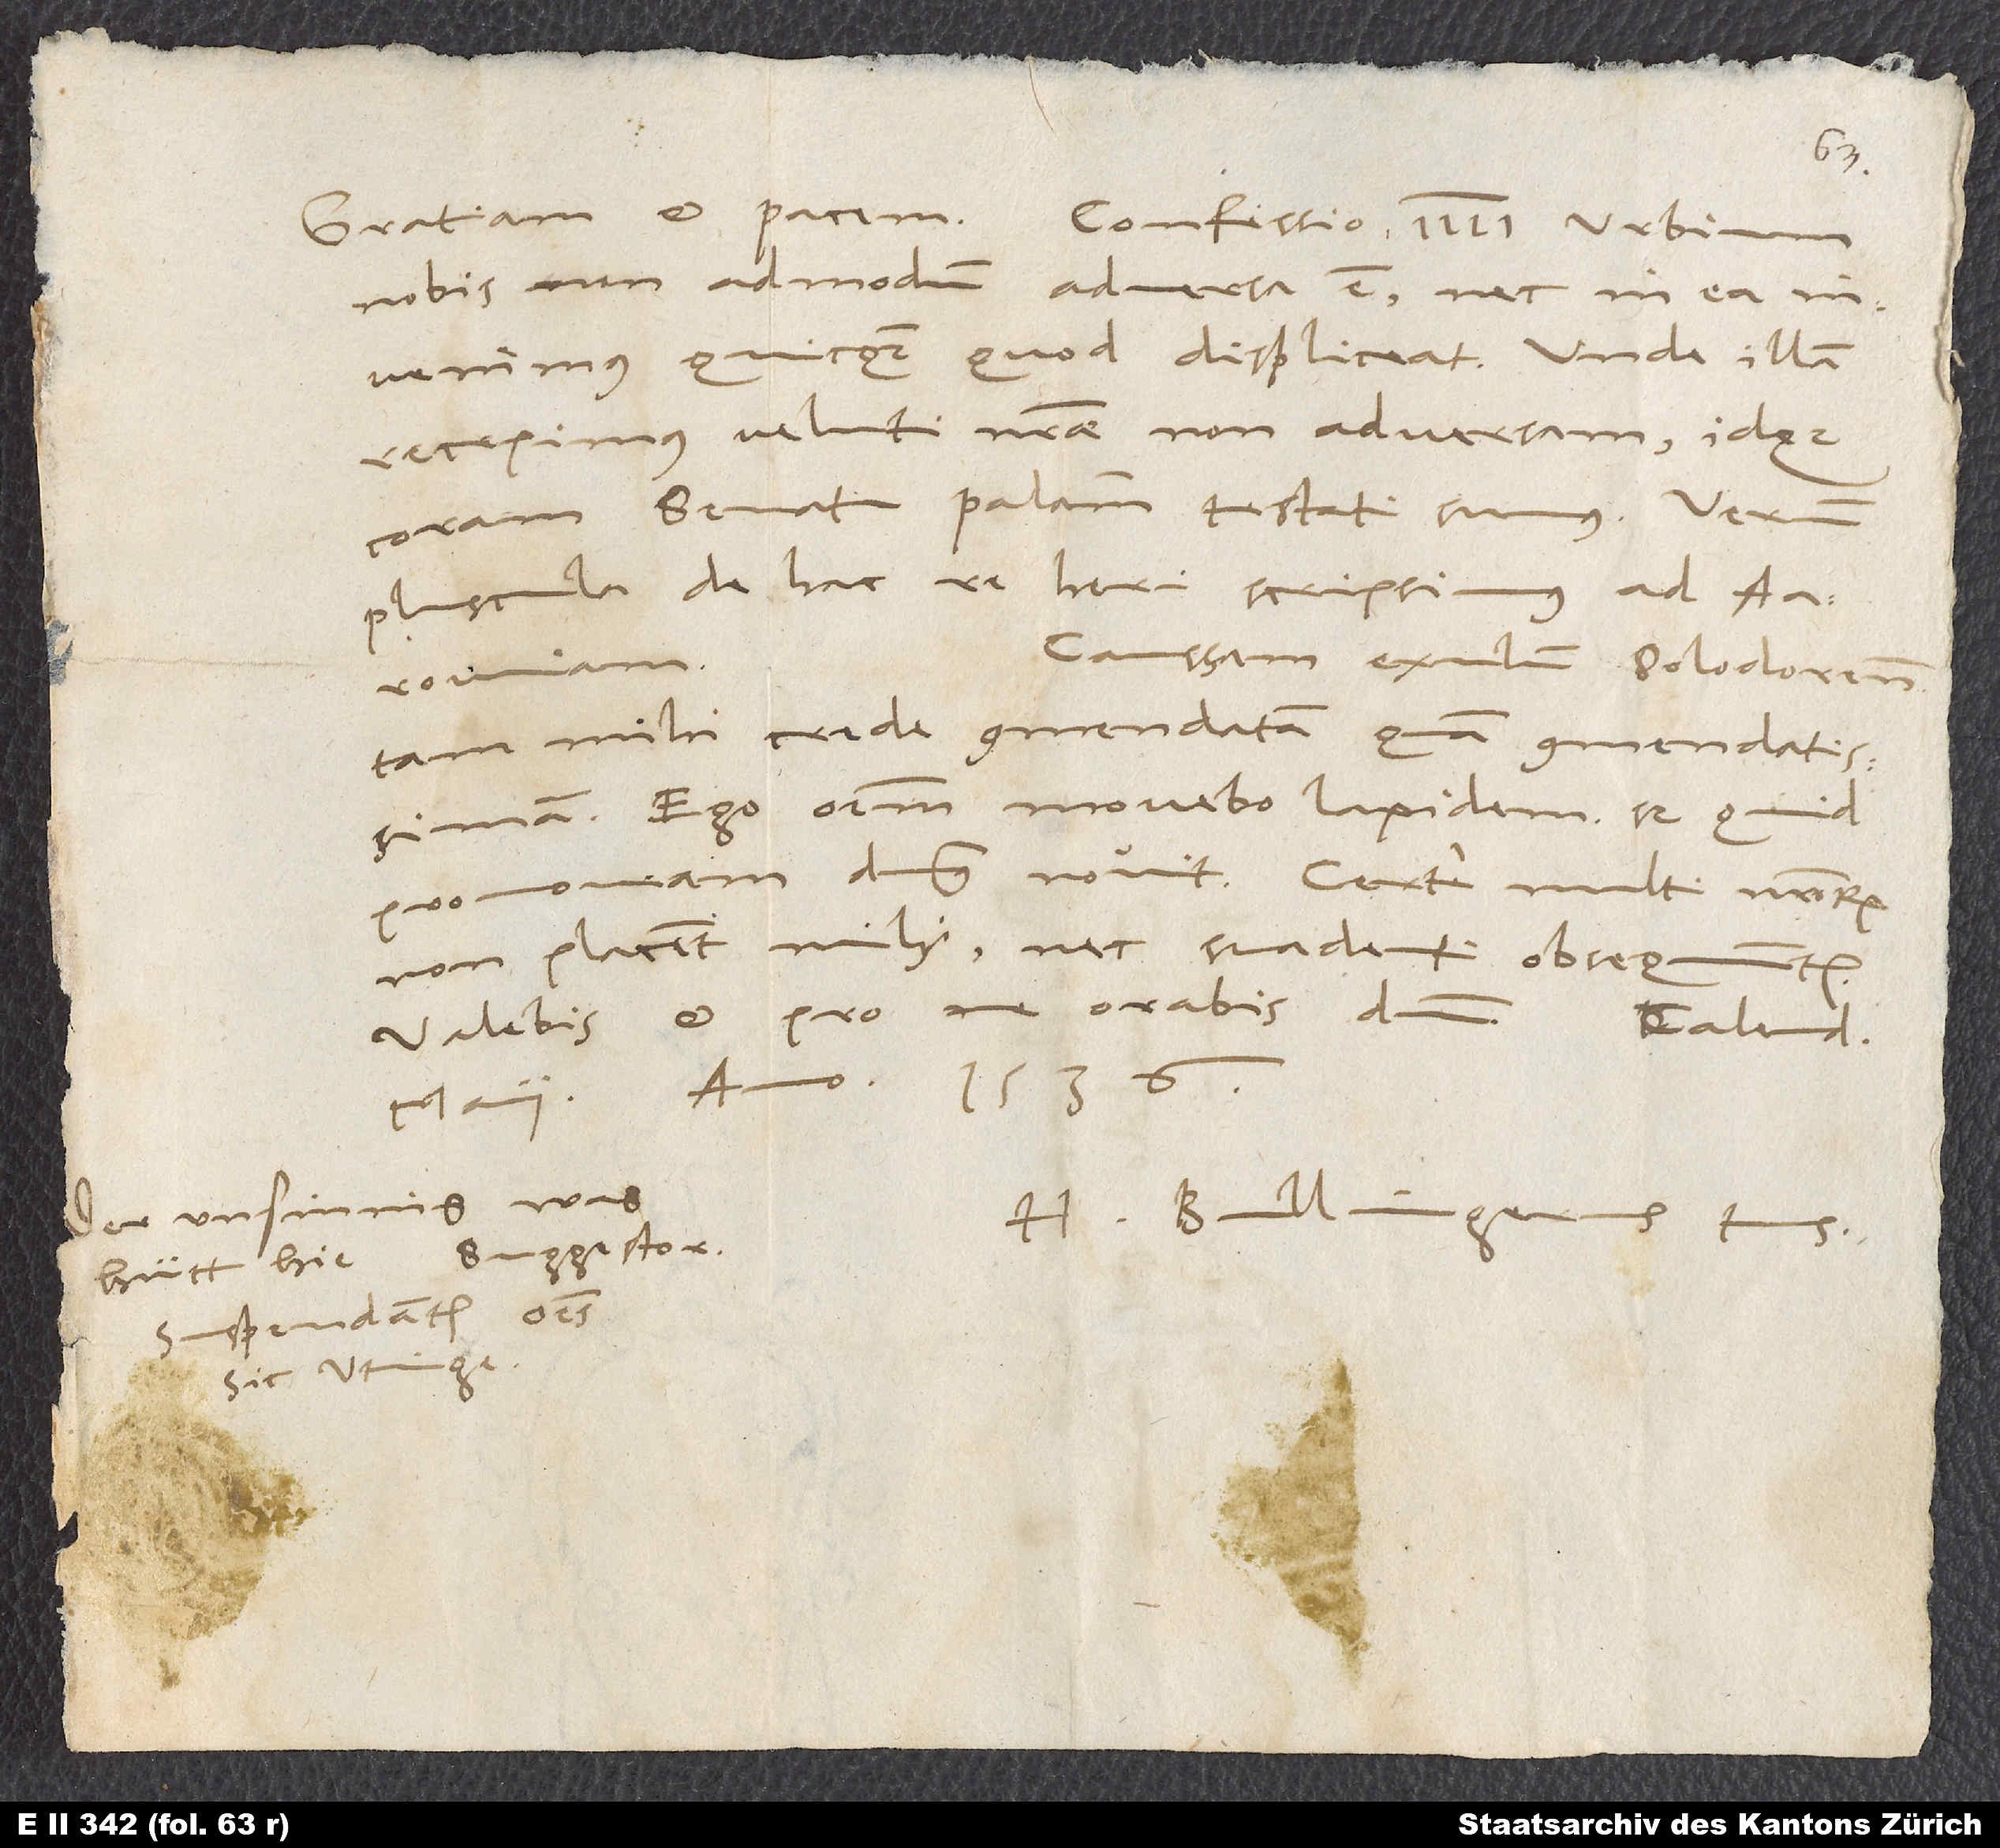
nobis non admodum adversa est, nec in ea
invenimus quicquam, quod displiceat. Unde illam
recepimus veluti nostrae non adversam idque
coram senatu palam testati sumus. Verum
pluscula de hac re hen scripsimus ad
Caussam exulum Solodorensium
tam mihi crede commendatam quam commendatissimam.
Ego omnem movebo lapidem, sed quid
promoveam, dominus novit. Certe multi nostrorum
non placent mihi nec suadenti obsequuntur..
Valebis et pro me Orabis dominum.
maii anno 1536.
Der unsinnig was
H. Bullingerus tuus.
Suggestor.
hütt hie.
Suspendantur omnes.
Sic Utingerus.